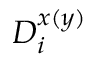
D _ { i } ^ { x ( y ) }